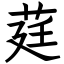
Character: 莛